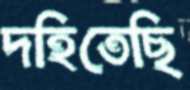
দহিতেছি